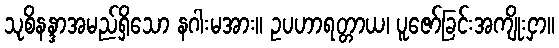
သုစိနန္ဒာအမည်ရှိသော နဂါးမအား။ ဥပဟာရတ္တာယ၊ ပူဇော်ခြင်းအကျိုးငှာ။